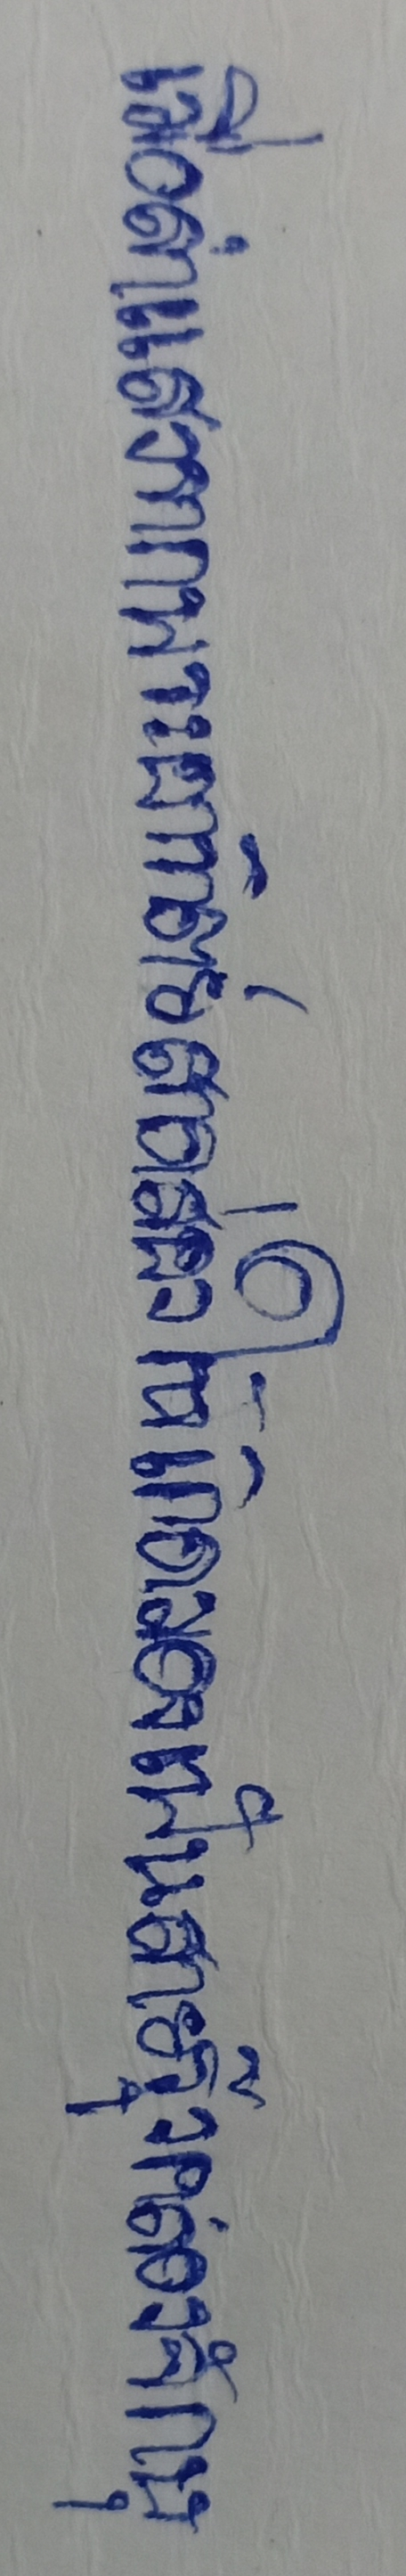
เมื่อลำแสงจากพระอาทิตย์สาดส่องให้เกิดมองเห็นเป็นสายรุ้งคลองจักษุ